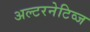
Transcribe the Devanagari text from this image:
अल्टरनेटिव्ज